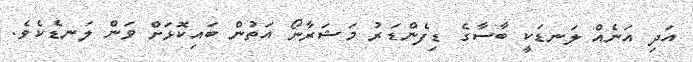
އަދި އަނެއް ލަނޑަކީ ބާސާގެ ޑިފެންޑަރު މަޝަރާނޯ އަތުން ބައިކޮޅަށް ވަން ލަނޑެކެވެ.